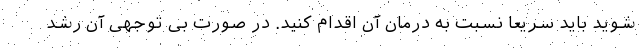
شوید باید سریعا نسبت به درمان آن اقدام کنید. در صورت بی توجهی آن رشد